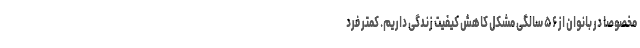
مخصوصا در بانوان از ۵۶ سالگی مشکل کاهش کیفیت زندگی داریم. کمتر فرد